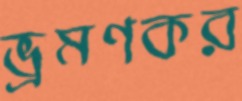
ভ্রমণকর